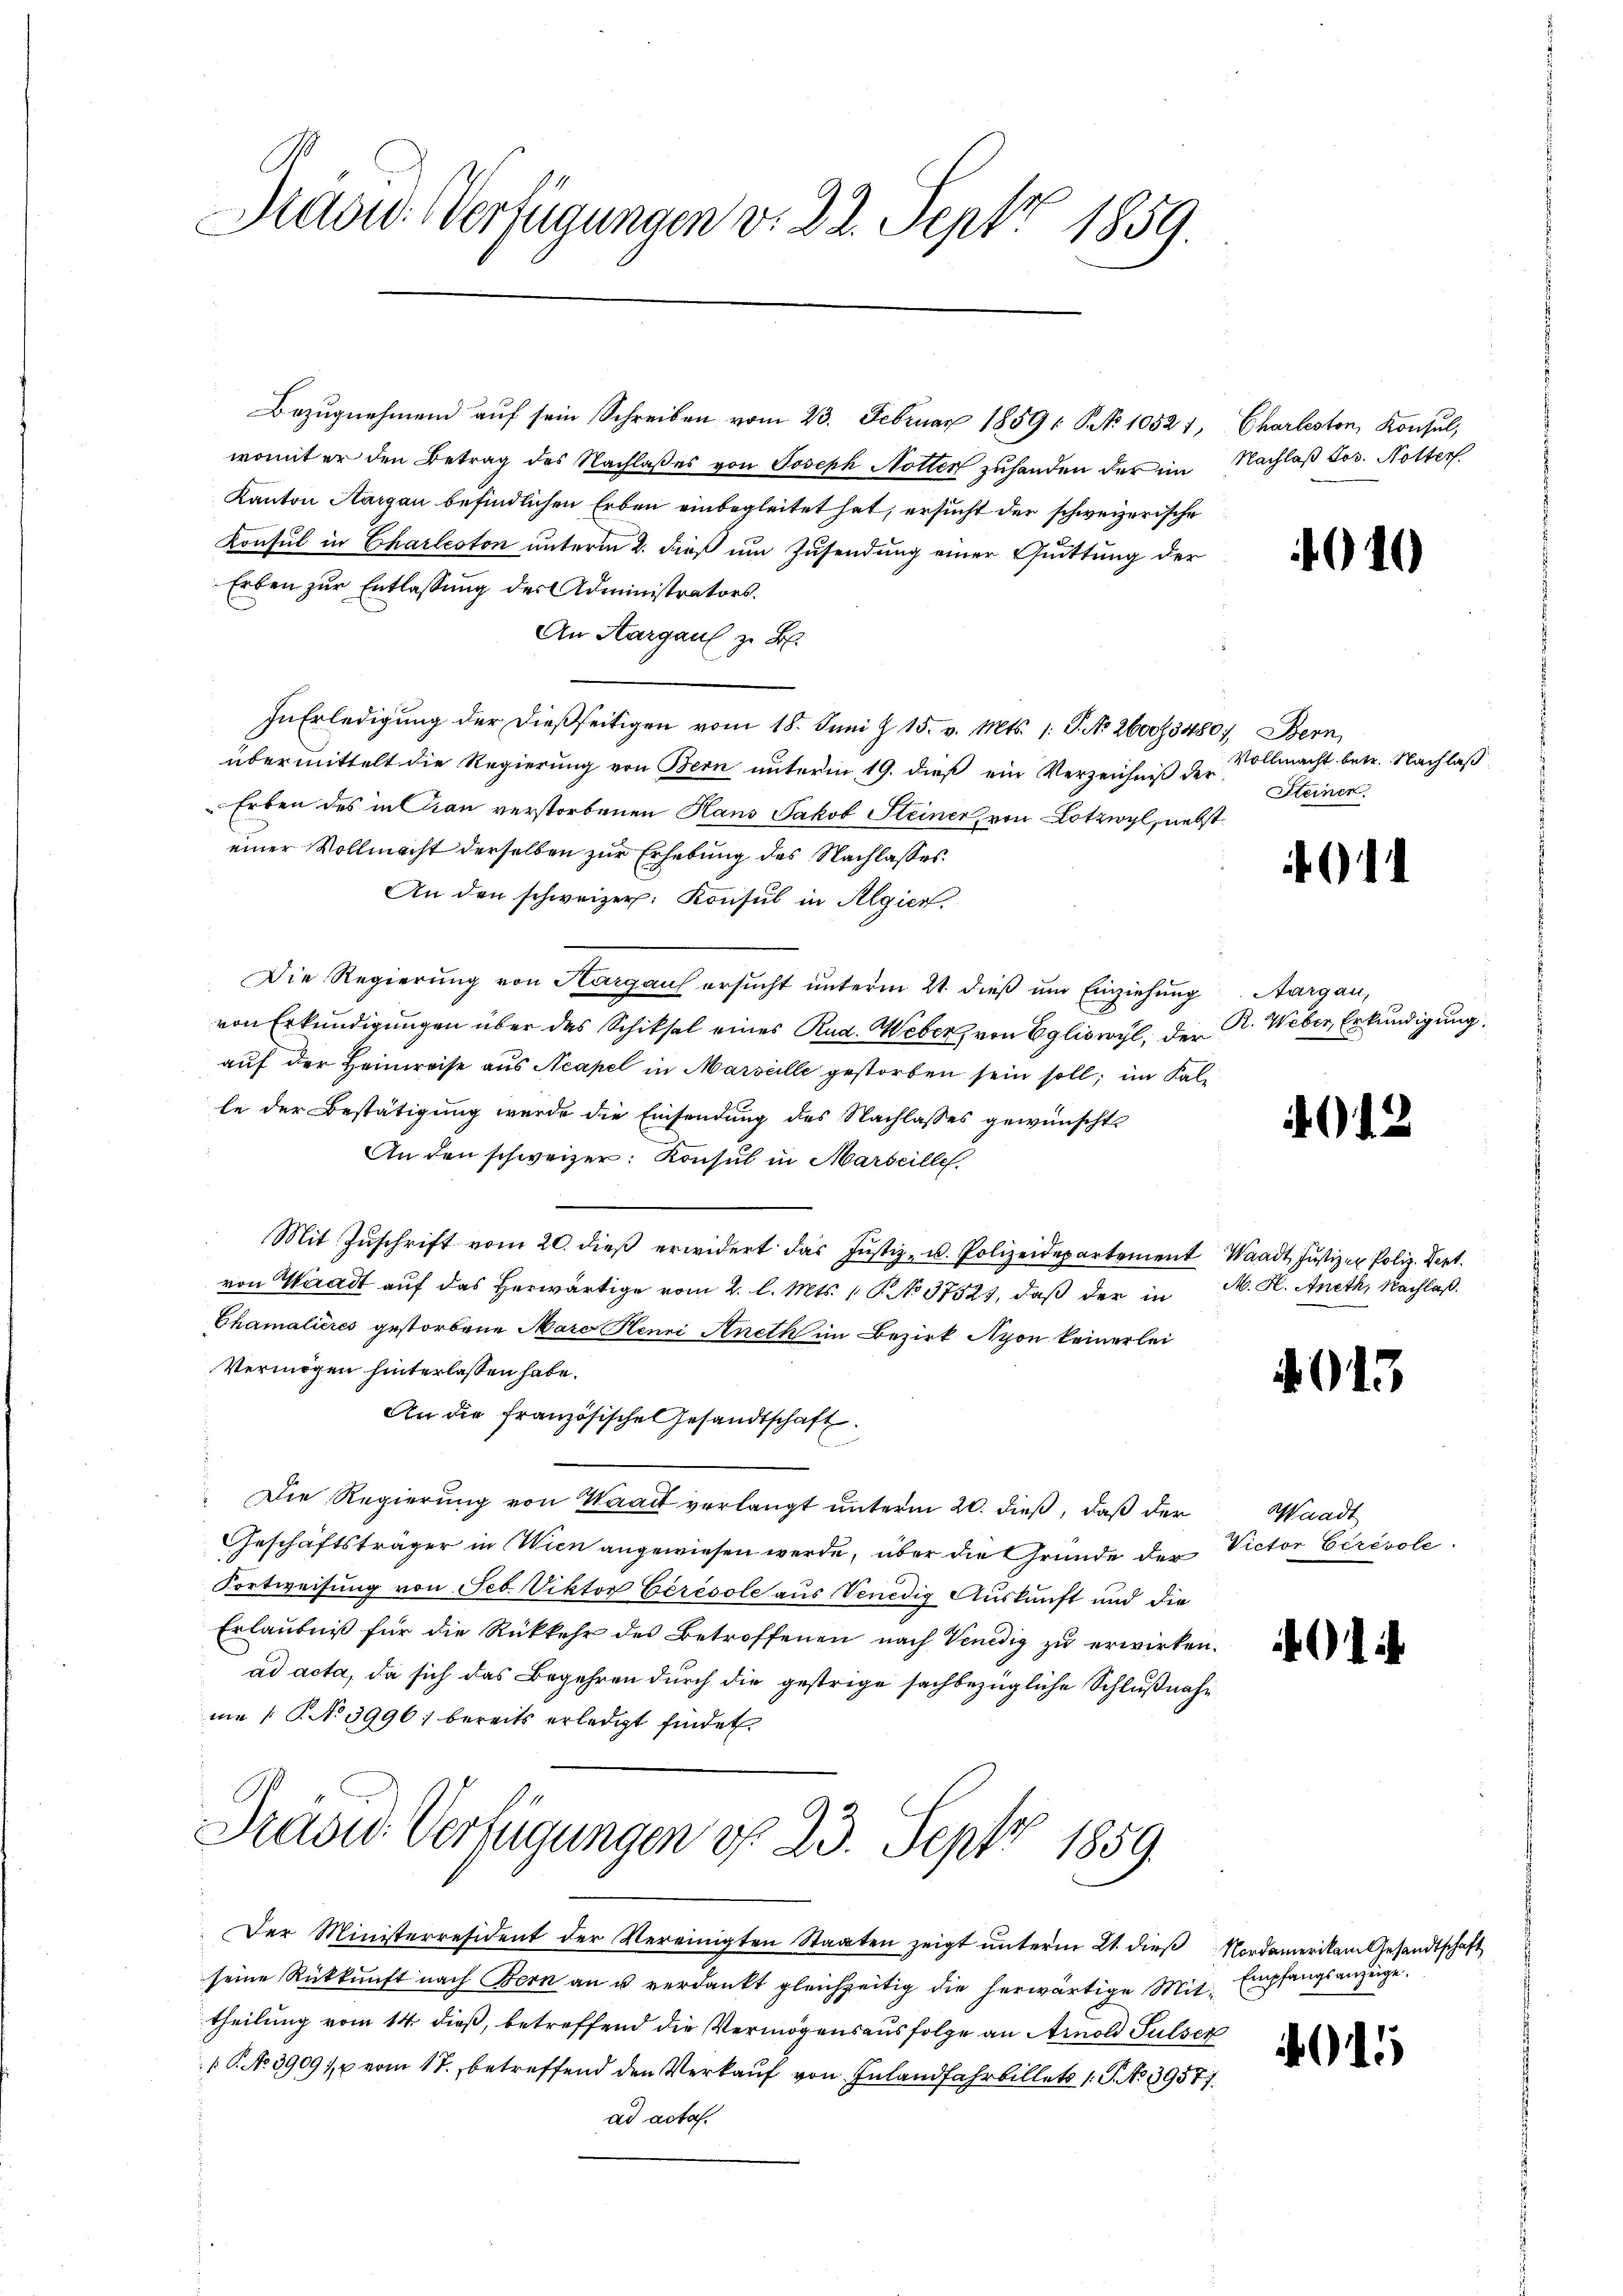
Addw. Verfügungen v. 22. Sept 1859.

Bezugnehmend auf sein Schreiben vom 23. Februar 18591 S. No 10521,
womit er den Betrag des Nachlaß es von Joseph Notten zuhanden der im Nachlaß Jos. Notter
Kanton Aargau befindlichen Erben einbegleitet hat, ersucht der schweizerische
Konsul in Charleoton unterm 2. dieß um Zusendung einer Quittung der
Erben zur Entlassung der Administrators.
An Aargaul z. B.
In Erledigung der dießseitigen vom 18. Juni § 15. v. Mts. 1. P. No. 2600 f 480, Bern,
übermittelt die Regierung von Bern unterm 19. dieß ein Verzeichniß der
Erben des in Gran verstorbenen Hans Jakob Steiner, von Lotzwyl, nebst
einer Vollmacht derselben zur Erhebung des Nachlasses.
An den schweizer. Konsul in Algier,
Die Regierung von Kurgaus ersucht unterm 21. dieß um Einziehung
von Erkundigungen über das Schiksal eines Rud. Weber, von Egliswyl, der R. Weber Erkundigung
auf der Heimreise aus Neapel in Marseille gestorben sein soll; im Falle der Bestätigung wurde die Einsendung des Nachlasses gewünscht
An den schweizer. Konsul in Marseille.
Mit Zŭschrift vom 20. dieβ erwidert das Justiz- u. Polizeidepartement Waadt Justizer Poliz. Sept.
von Waadt auf das Herwärtige vom 2. l. Mts. 1. No 37523, daß der in
Chamalieres gestorbene Marc Henri Aneth im Bezirk Nyon keinerlei
Vermögen hinterlassen habe.
An die französische Gesandtschaft.
.
" Die Regierung von Waadt verlangt unterm 20. dieß, daß der
Geschäftsträger in Wien angewiesen werde, über die Gründe der
Fortweisung von Feb. Viktor Ceresole aus Venedig Auskunft und die
Erlaubniß für die Rückkehr des Betroffenen nach Venedig zu erwirken.
ad acta, da sich das Begehren durch die gestrige sachbezügliche Schlußnahme 1 S. No 3996) bereits erledigt findet.
Prasus Verfügungen v. 23. Sept 1859.
Der Ministerresident der Vereinigten Staaten zeigt ŭnterm 21. dieβ Nordamerikam Gesandtschaft
seine Rückkunft nach Bern an u verdankt gleichzeitig die herwärtige Mittheilung vom 14. dieß, betreffend die Vermögensausfolge an Arnold Sulser
 P. No 3909/2 vom 17. betreffend den Verkauf von Inlandfahrbillet 1. P. No 39577.
ad acta.

Charlesten, Konsul,

4

Vollmacht betr. Nachlaß
Steiner

Aargau,

M. H. Aneth, Nachlaß.

i

Waadt
Victor Eerevole

¬

5

5

¬

Empfangsanzeige.